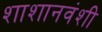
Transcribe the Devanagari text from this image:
शाशानवंशी